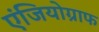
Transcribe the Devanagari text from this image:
एंजियोग्राफ